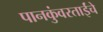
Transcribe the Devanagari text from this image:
पानकुंवरताईंचे